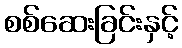
စစ်ဆေးခြင်းနှင့်